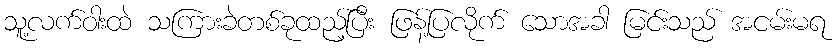
သူ့လက်ဝါးထဲ သကြားခဲတစ်ခုထည့်ပြီး ဖြန့်ပြလိုက် သောအခါ မြင်းသည် အငမ်းမရ